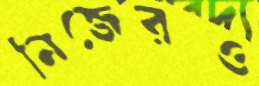
নিজেরও